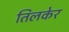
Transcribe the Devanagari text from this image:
तिलकेर